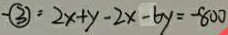
- \textcircled { 3 } ) = 2 x + y - 2 x - 6 y = - 8 0 0